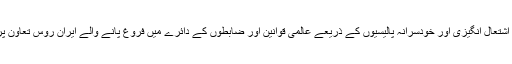
ایسے حالات میں امریکہ اپنی اشتعال انگیزی اور خودسرانہ پالیسیوں کے ذریعے عالمی قوانین اور ضابطوں کے دائرے میں فروغ پانے والے ایران روس تعاون پر ہرگز اثر انداز نہیں ہو سکتا۔